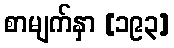
စာမျက်နှာ [၁၉၃]